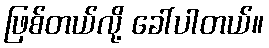
ဖြစ်တယ်လို့ ခေါ်ပါတယ်။